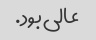
عالی بود.